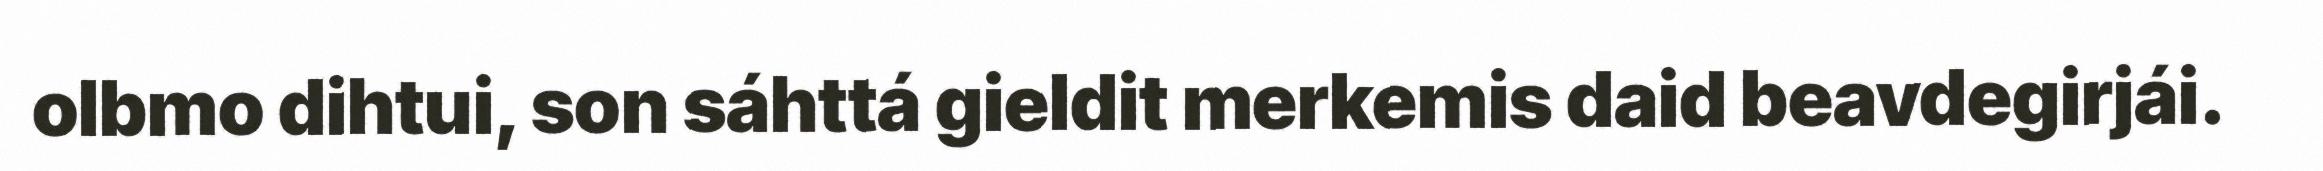
olbmo dihtui, son sáhttá gieldit merkemis daid beavdegirjái.